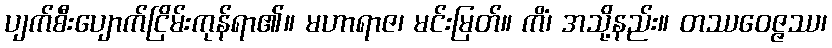
ပျက်စီးပျောက်ငြိမ်းကုန်ရာ၏။ မဟာရာဇ၊ မင်းမြတ်။ ကိံ၊ အသို့နည်း။ တဿဝေဇ္ဇဿ၊